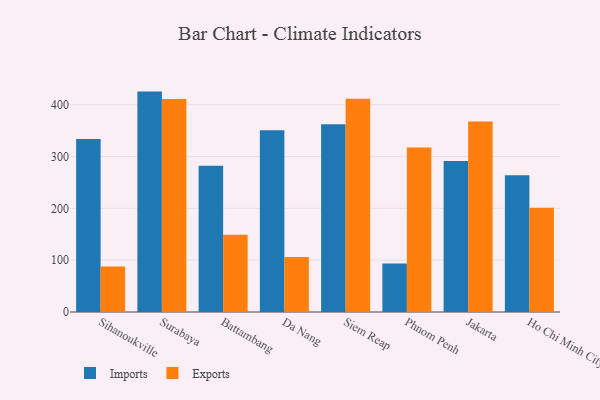
{"axis": {"x": "City", "y": "Active Users"}, "legend": ["Exports", "Imports"], "data": [{"x": "Sihanoukville", "y": 333.8, "type": "Imports"}, {"x": "Sihanoukville", "y": 87.7, "type": "Exports"}, {"x": "Surabaya", "y": 425.2, "type": "Imports"}, {"x": "Surabaya", "y": 410.9, "type": "Exports"}, {"x": "Battambang", "y": 282.1, "type": "Imports"}, {"x": "Battambang", "y": 149.1, "type": "Exports"}, {"x": "Da Nang", "y": 350.4, "type": "Imports"}, {"x": "Da Nang", "y": 106.1, "type": "Exports"}, {"x": "Siem Reap", "y": 362.1, "type": "Imports"}, {"x": "Siem Reap", "y": 411.5, "type": "Exports"}, {"x": "Phnom Penh", "y": 93.5, "type": "Imports"}, {"x": "Phnom Penh", "y": 317.3, "type": "Exports"}, {"x": "Jakarta", "y": 291.1, "type": "Imports"}, {"x": "Jakarta", "y": 367.4, "type": "Exports"}, {"x": "Ho Chi Minh City", "y": 263.8, "type": "Imports"}, {"x": "Ho Chi Minh City", "y": 201.2, "type": "Exports"}]}